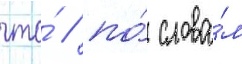
что́ / по́ слова́м